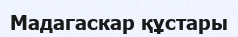
Мадагаскар құстары